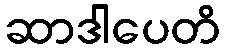
ဆာဒါပေတိ